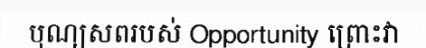
បុណ្យសពរបស់ Opportunity ព្រោះវា